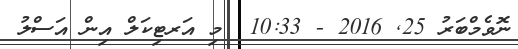
ނޮވެމްބަރު 25